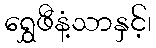
ရွှေဖီနံ့သာနှင့်၊